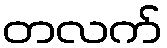
တလက်